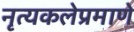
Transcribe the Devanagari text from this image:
नृत्यकलेप्रमाणे